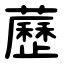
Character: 藶